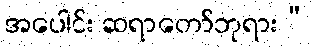
အပေါင်း ဆရာတော်ဘုရား”